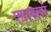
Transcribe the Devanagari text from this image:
स्मारकावर